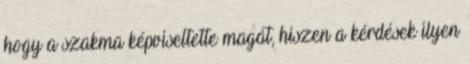
hogy a szakma képviseltette magát, hiszen a kérdések ilyen